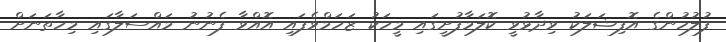
ފުލުހުންގެ އޮފިޝަލަކު ވިދާޅުވީ ކޮލަމާފުށީގައި މީހަކު ޒަހަމްވެފައި އޮއްވާ ފެނުނު މައްސަލާގައި މިހާތަނަށް